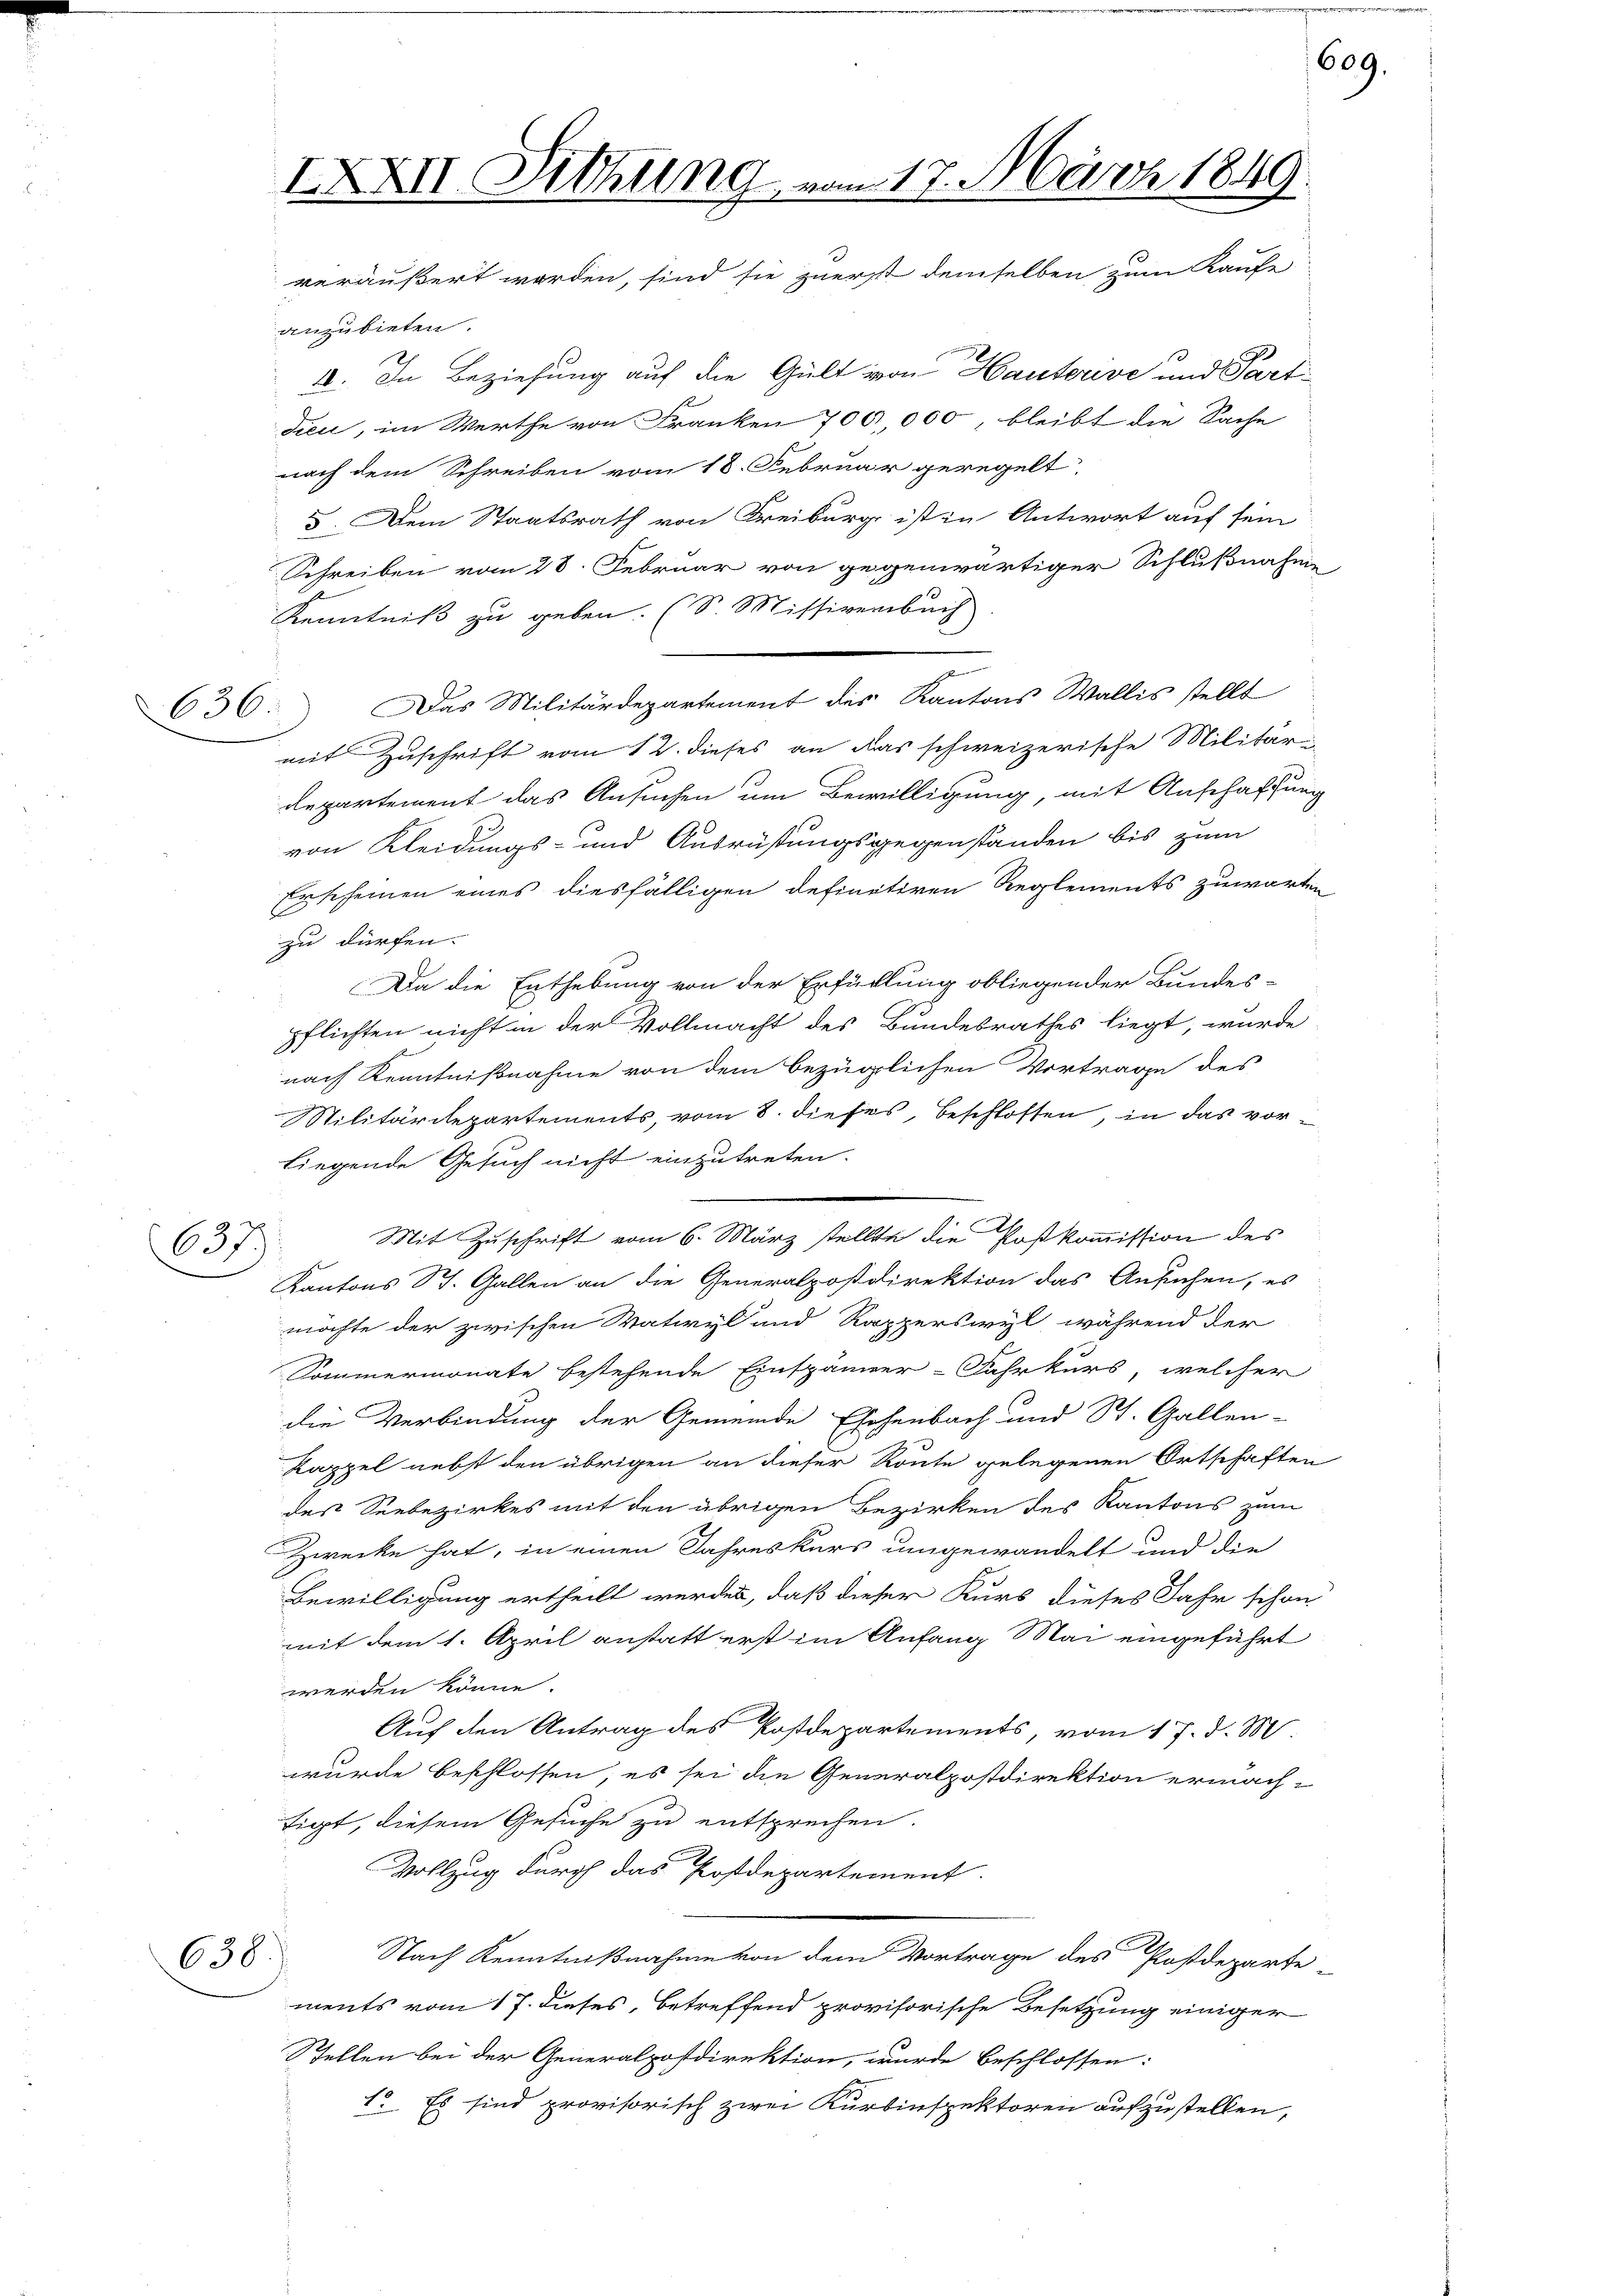
IXXII. Sitzung vom 17. März 1849.
veräußert worden, sind sie zuerst demselben zum Kaufe

anzubieten.
2. In Beziehung auf die Gült von Hauterve und Part-
dieu, im Werthe von Franken 700,000, bleibt die Sache
nach dem Schreiben vom 18. Februar geregelt
I. Dem Staatsrath von Freiburg ist in Antwort auf sein
Schreiben vom 28. Februar von gegenwärtiger Schlußnahme
Kenntniß zu geben. (S Missivenbuch
636. Das Militärdepartement des Kantons Wallis stellt
mit Zuschrift vom 12. dieses an das schweizerische Militär-
departement das Ansuchen um Bewilligung, mit Anschaffung
von Kleidungs- und Ausrüstungsgegenständen bis zum
Erscheinen eines diesfälligen definitiren Reglements zuwarten
zu dürfen.
Da die Enthebung von der Erfüllung obliegender Bundes-
pflichten nicht in der Vollmacht des Bundesrathes liegt, wurde
nach Kenntnißnahme von dem bezüglichen Vortrage des
Militärdepartements, vom 8. dieses, beschlossen, in das vorliegende Gesuch nicht einzutreten.
Mit Zuschrift vom 6. März stellte die Postkommission des
637.
Kantons St. Gallen an die Generalpostdirektion das Ansuchen, es
möchte der zwischen Wativyl und Rapperswyl, während der
Sommermonate bestehende Einspänner-Fahrkurs, welcher
die Verbindung der Gemeinde Ehehenbach und St. Gallen-
Kappel nebst den übrigen an dieser Route gelegenen Ortschaften
des Seebezirkes mit den übrigen Bezirken des Kantons zum
Zwecke hat, in einen Jahreskurs umgewandelt und die
Bewilligung ertheilt werden, daß dieser Kurs dieses Jahr schon
mit dem 1. April anstatt erst im Anfang Mai eingeführt
werden könne.
Auf den Antrag des Postdepartements, vom 17. d. M.
wurde beschlossen, es sei die Generalpostdirektion ermach-
figt, diesem Gesuche zu entsprechen.
Vollzug durch das Postdepartement.
Nach Kenntnißnahme von dem Vortrage des Postdeparte-
638.
ments vom 17. dieses, betreffend provisorische Besetzung einiger
Stellen bei der Generalpostdirektion, wurde beschlossen:
1. Es sind provisorisch zwei Kurbinspektoren aufzustellen,

609.